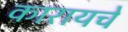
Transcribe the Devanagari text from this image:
कारायचे